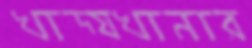
খাদ্যখানার